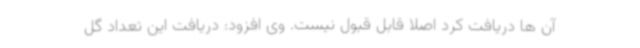
آن ها دریافت کرد اصلا قابل قبول نیست. وی افزود: دریافت این تعداد گل